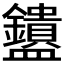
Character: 𬑄